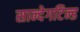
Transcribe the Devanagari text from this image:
सान्देगटिन्ड